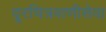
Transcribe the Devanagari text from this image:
दूरचित्रवाणीसेवा